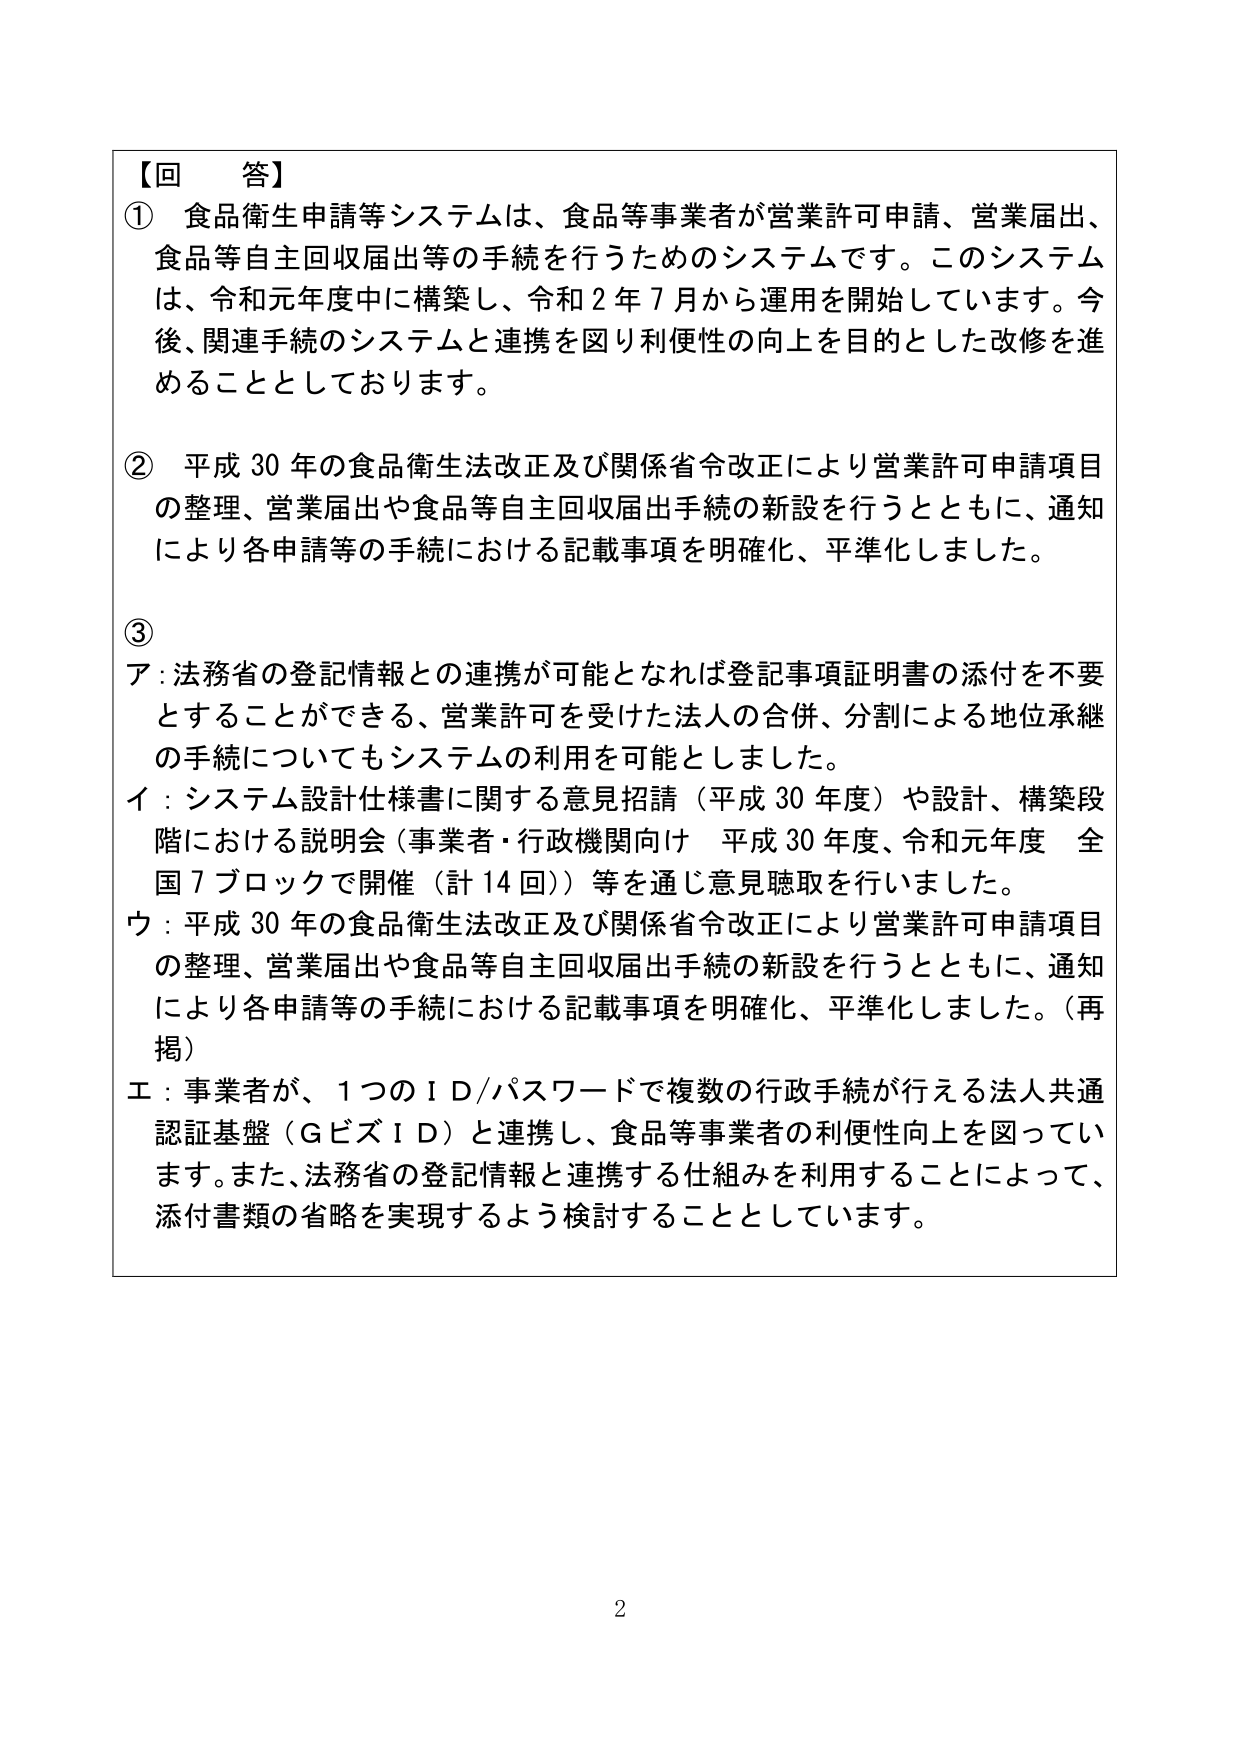
【回　答】
① 食品衛生申請等システムは、食品等事業者が営業許可申請、営業届出、食品等自主回収届出等の手続を行うためのシステムです。このシステムは、令和元年度中に構築し、令和２年７月から運用を開始しています。今後、関連手続のシステムと連携を図り利便性の向上を目的とした改修を進めることとしております。
② 平成30年の食品衛生法改正及び関係省令改正により営業許可申請項目の整理、営業届出や食品等自主回収届出手続の新設を行うとともに、通知により各申請等の手続における記載事項を明確化、平準化しました。
③ ア：法務省の登記情報との連携が可能となれば登記事項証明書の添付を不要とすることができる、営業許可を受けた法人の合併、分割による地位承継の手続についてもシステムの利用を可能としました。
イ：システム設計仕様書に関する意見招請（平成30年度）や設計、構築段階における説明会（事業者・行政機関向け 平成30年度、令和元年度 全国7ブロックで開催（計14回））等を通じ意見聴取を行いました。
ウ：平成30年の食品衛生法改正及び関係省令改正により営業許可申請項目の整理、営業届出や食品等自主回収届出手続の新設を行うとともに、通知により各申請等の手続における記載事項を明確化、平準化しました。（再掲）
エ：事業者が、1つのＩＤ/パスワードで複数の行政手続が行える法人共通認証基盤（ＧビズＩＤ）と連携し、食品等事業者の利便性向上を図っています。また、法務省の登記情報と連携する仕組みを利用することによって、添付書類の省略を実現するよう検討することとしています。
2